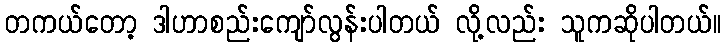
တကယ်တော့ ဒါဟာစည်းကျော်လွန်းပါတယ် လို့လည်း သူကဆိုပါတယ်။